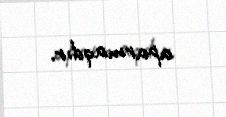
aparmaqdır.